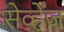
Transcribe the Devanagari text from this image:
सेव्हेज